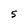
Character: S